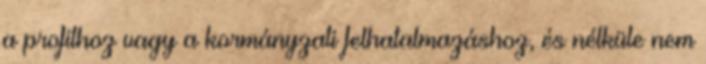
a profithoz vagy a kormányzati felhatalmazáshoz, és nélküle nem